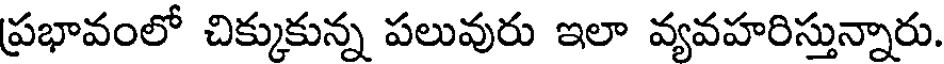
ప్రభావంలో చిక్కుకున్న పలువురు ఇలా వ్యవహరిస్తున్నారు.